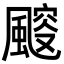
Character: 䬒